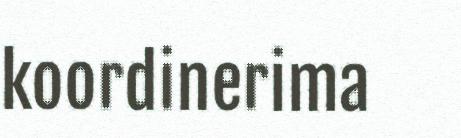
koordinerima